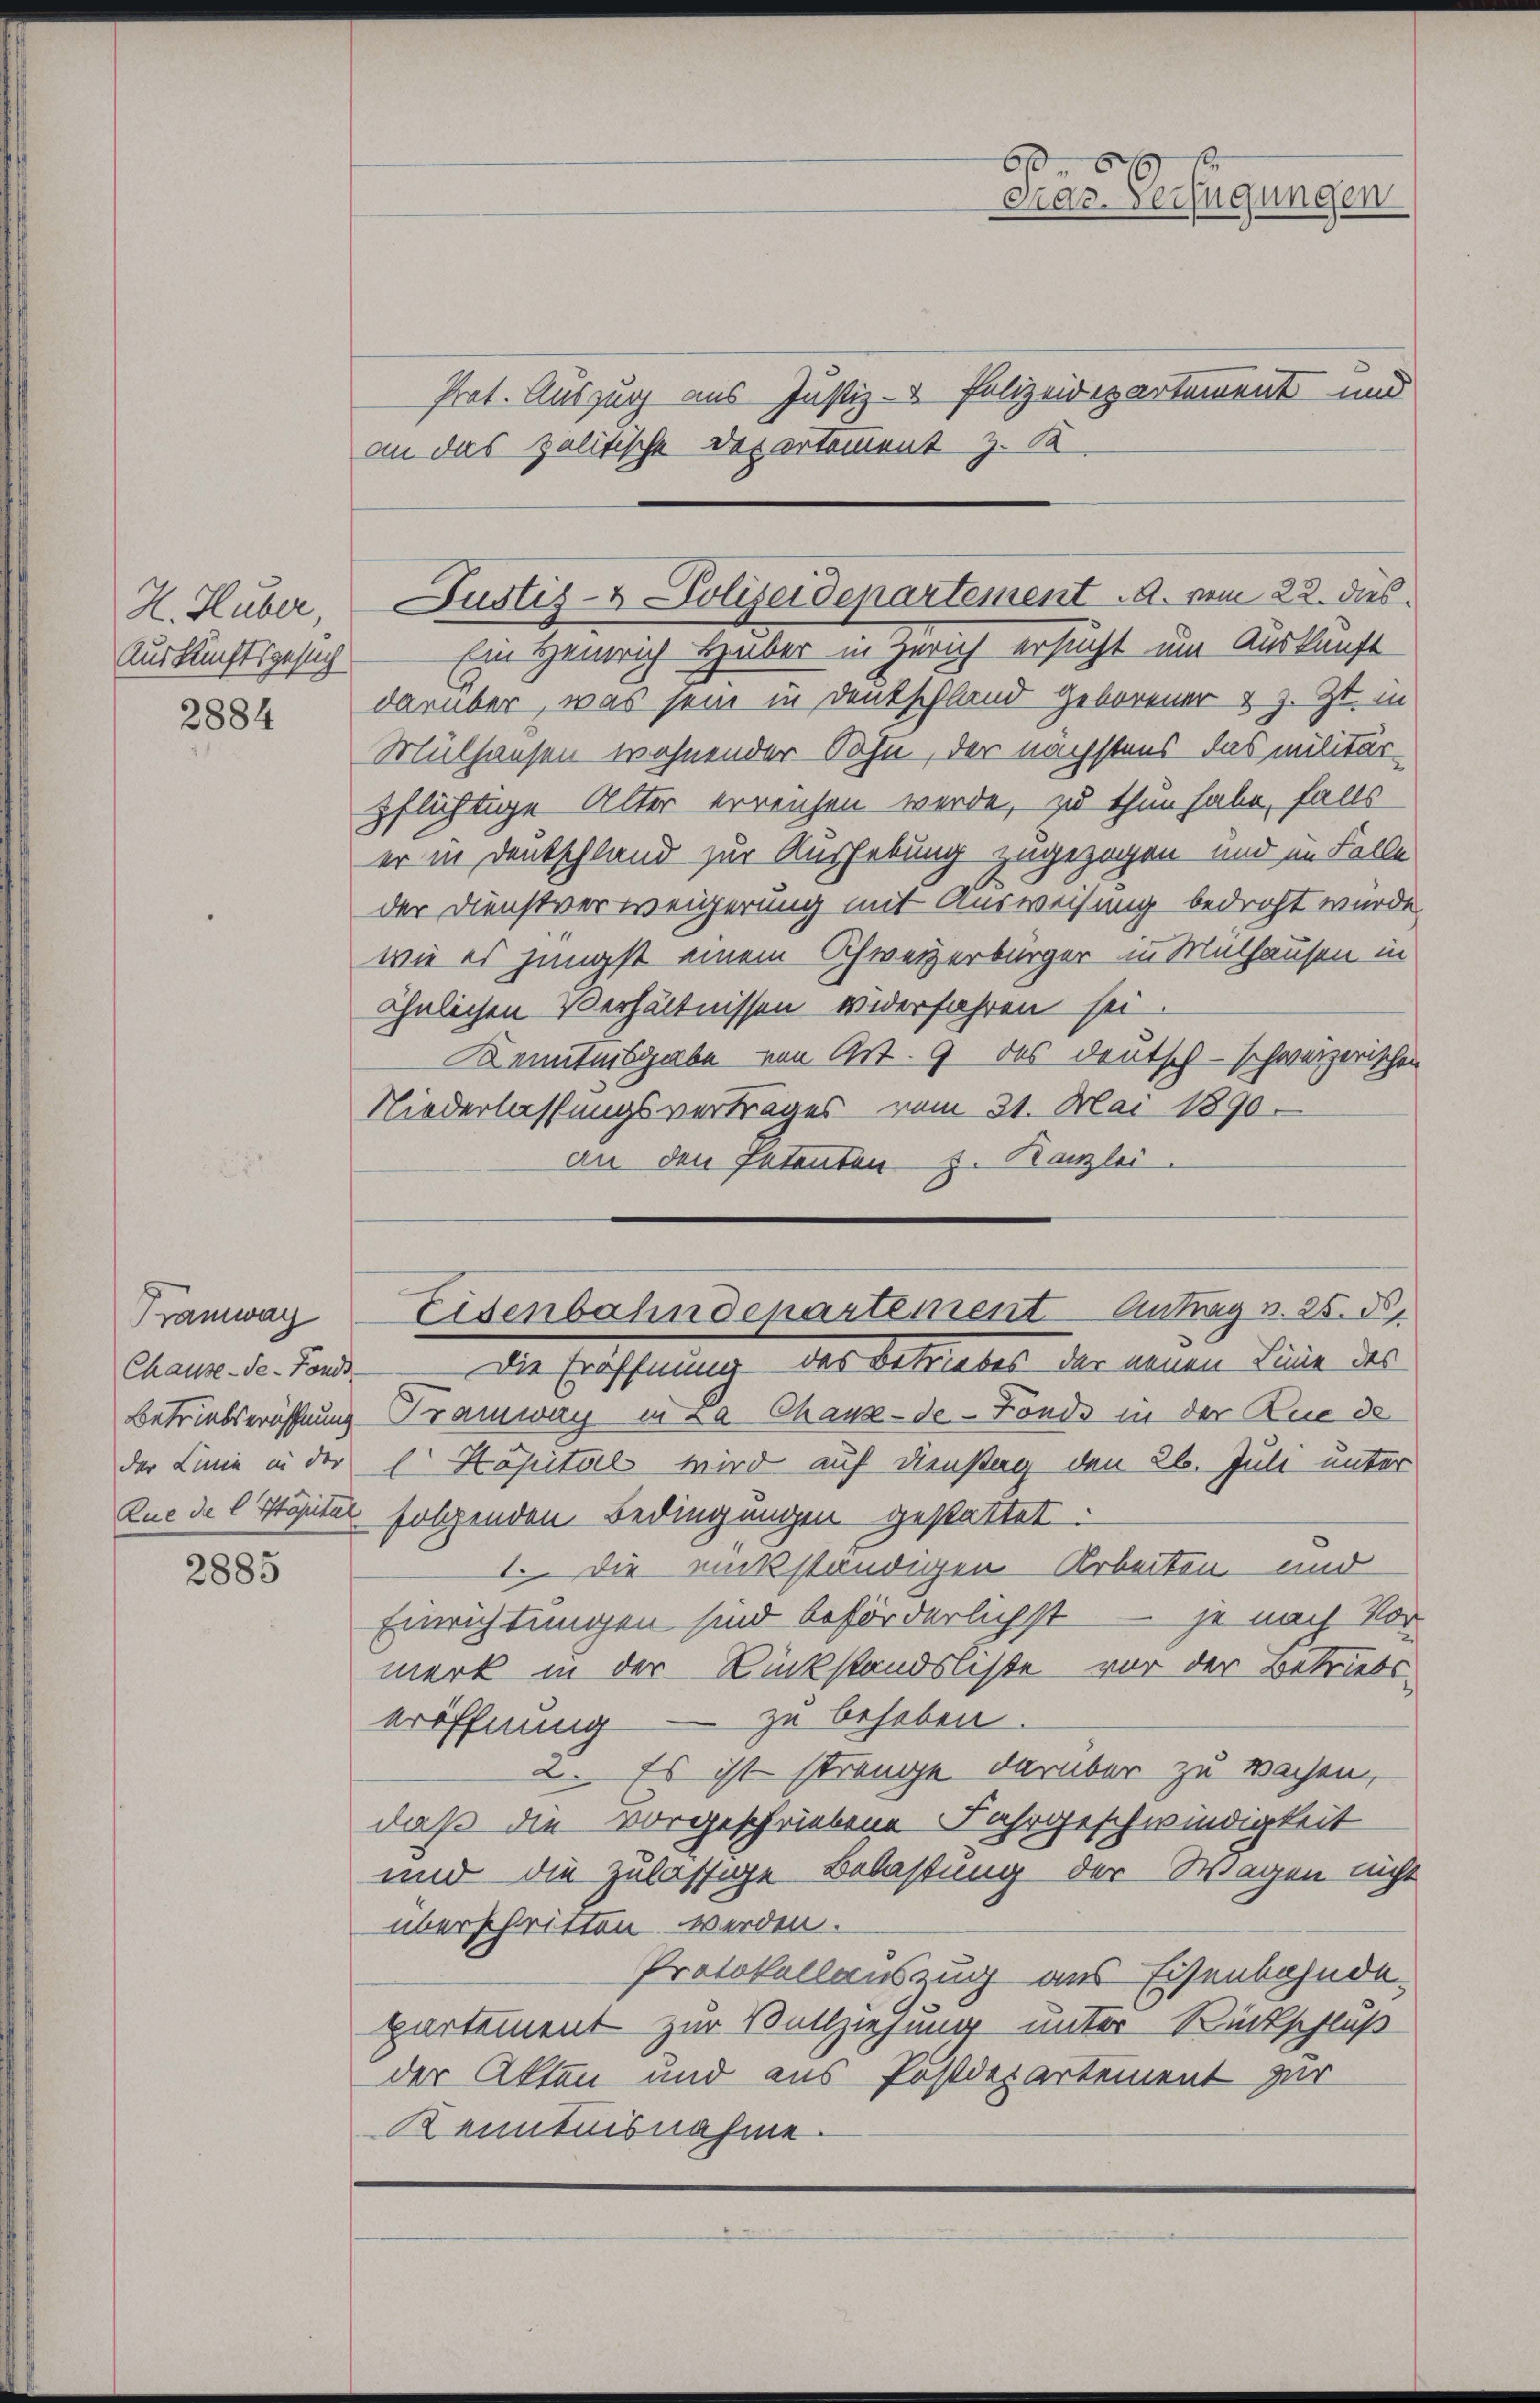
H. Huber,
Auskunftsgesuch
2884

Prot. Auszug aus Justiz- & Polizeidepartement und
an das politische Departement z. B.
Ein Heinrich Haber in Zürich ersucht um Auskunft
darüber, was sein in Denkschland geborener & z. Zt. in
Mülhausen wohnender Sohn, der nächstens das militärpflichtige Alter erreichen werde, zu thun habe, falls
er in Deutschland zur Aushebung zugezogen und im Falle
der Dienstverweigerung mit Ausweisung bedroht würde.
wie es jüngst einem Schweizerbürger in Mülhausen in
ähnlichen Verhältnissen widerfahren sei
Kenntnisgabe von Art. 9 des deutsch - schweizerischen
Niederlassungsvertrages vom 31. Mai 1890.
an den Petenten z. Kanzlei.
Eisenbahndepartement Antrag v. 25. d.
Die Eröffnung des Betriebes der neuen Linie des
Betriebseröffnung Tramway in La Chaux-de-Fonds in der Rue de
der Linie in der E. Kapital wird auf Dienstag den 26. Juli unter
Zue de l Häuter folgenden Bedingungen gestattet.
I. Die rückständigen Arbeiten und
Einrichtungen sind beförderlichst je nach Vor-
merk in der Rückstandsliste vor der Betriebseröffnung – zu beheben.
2. Es ist strenge darüber zu wachen,
daß die vorgeschriebene Fahrgeschwindigkeit
und die zulässige Belastung der Wagen nicht
überschrieben werden.
Protokollauszug aus Eisenbahnde.
partement zur Vollziehung unter Rückschluß
der Akten und aus Postdepartement zur
Kenntnisnahme.

Tramway
Chause-Se-Fonds

2885

65
Mar. Verfügungen

Justiz- & Polizeidepartement A. vom 22. dies